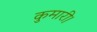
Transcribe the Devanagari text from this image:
कुमारी।